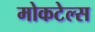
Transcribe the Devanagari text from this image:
मोकटेल्स